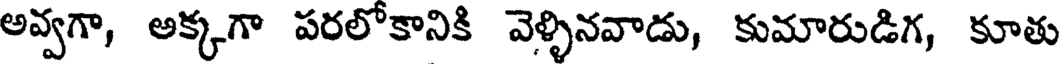
అవ్వగా, అక్కగా పరలోకానికి వెళ్ళినవాడు, కుమారుడిగ, కూతు